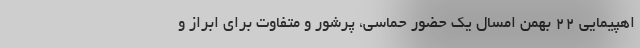
اهپیمایی ۲۲ بهمن امسال یک حضور حماسی، پرشور و متفاوت برای ابراز و